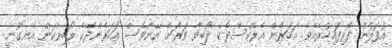
އުފަލުން ފޮޅިފައިހުރެއެވެ. އަހަރެން އެލެކްސްދެކެ ލޯބިވާ ވަރަށް އޭނާވެސް އަހަރެންދެކެ ލޯބިވާކަން އެނގުނީ